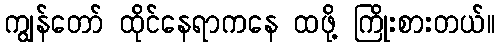
ကျွန်တော် ထိုင်နေရာကနေ ထဖို့ ကြိုးစားတယ်။